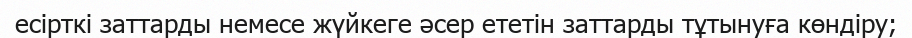
есірткі заттарды немесе жүйкеге әсер ететін заттарды тұтынуға көндіру;